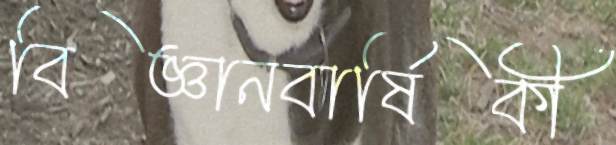
বিজ্ঞানবার্ষিকী